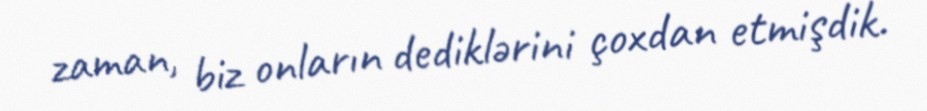
zaman, biz onların dediklərini çoxdan etmişdik.